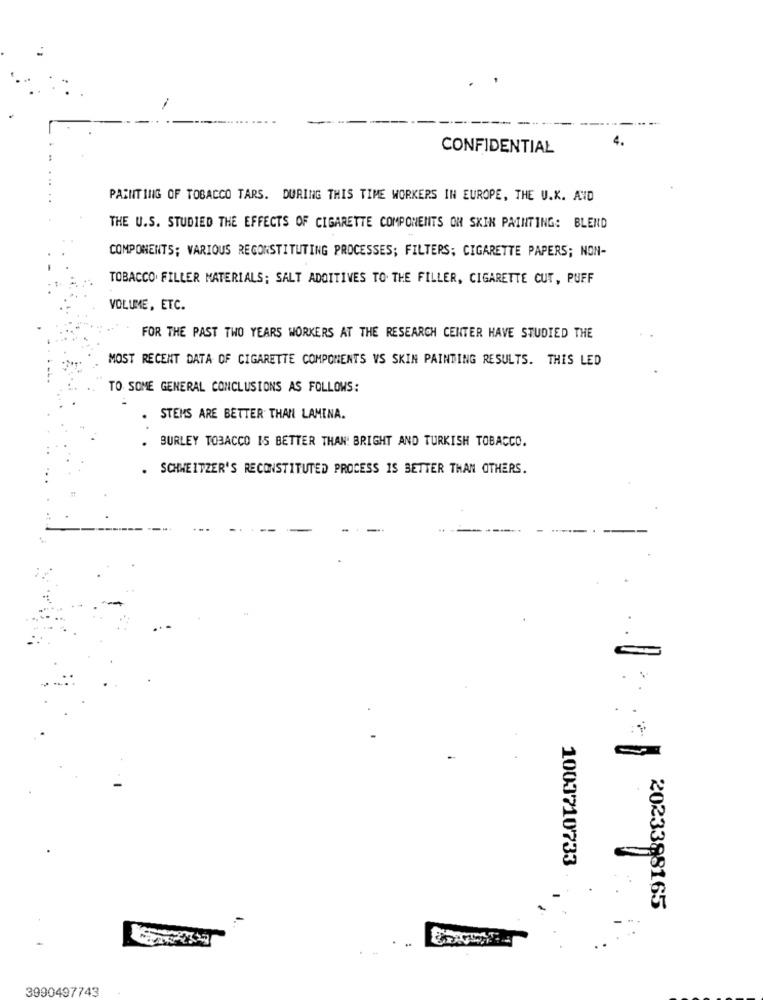
CONFIDENTIAL
PAINTING OF TOBACCO TARS. DURING THIS TIME WORKERS IN EUROPE, THE U.K. AND
THE U.S. STUDIED THE EFFECTS OF CIGARETTE COMPONENTS OH SKIN PAINTING: BLEND
COMPONENTS; VARIOUS RECONSTITUTING PROCESSES; FILTERS; CIGARETTE PAPERS; NON-
TOBACCO. FILLER MATERIALS; SALT ADDITIVES TO. THE FILLER, CIGARETTE CUT, PUFF
VOLUME, ETC.
FOR THE PAST TWO YEARS WORKERS AT THE RESEARCH CENTER HAVE STUDIED THE
MOST RECENT DATA OF CIGARETTE COMPONENTS VS SKIN PAINTING RESULTS. THIS LED
TO SOME GENERAL CONCLUSIONS AS FOLLOWS:
STEMS ARE BETTER THAN LAMINA.
BURLEY TOBACCO IS BETTER THAN: BRIGHT AND TURKISH TOBACCO.
SCHWEITZER'S RECONSTITUTED PROCESS IS BETTER THAN OTHERS.
.
1003710733
2023388165
3990497743